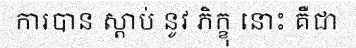
ការបាន ស្តាប់ នូវ ភិក្ខុ នោះ គឺជា